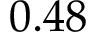
0 . 4 8